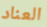
العناد